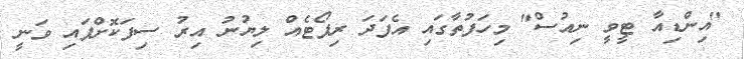
"އިންޑިއާ ޓީވީ ނިއުސް" މިހަފުތާގައި އެފަދަ ރިޕޯޓެއް ލިޔުނު އިރު ސިފަކޮށްފައި ވަނީ